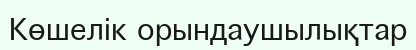
Көшелік орындаушылықтар